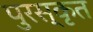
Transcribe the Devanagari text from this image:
पुरस्‍कृत